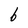
Character: 6